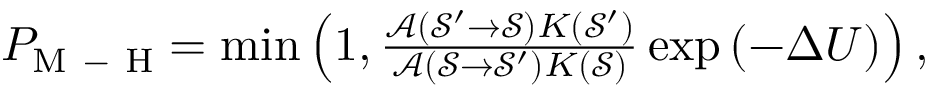
\begin{array} { r } { P _ { \mathrm { M \mathrm { ~ - ~ } H } } = \operatorname* { m i n } \left( 1 , \frac { \mathcal { A } ( \mathcal { S ^ { \prime } } \rightarrow \mathcal { S } ) K ( \mathcal { S ^ { \prime } } ) } { \mathcal { A } ( \mathcal { S } \rightarrow \mathcal { S ^ { \prime } } ) K ( \mathcal { S } ) } \exp \left( - \Delta U \right) \right) , } \end{array}